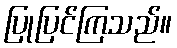
ပြုပြင်ကြသည်။